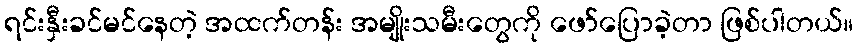
ရင်းနှီးခင်မင်နေတဲ့ အထက်တန်း အမျိုးသမီးတွေကို ဖော်ပြောခဲ့တာ ဖြစ်ပါတယ်။